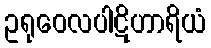
ဥရုဝေလပါဋိဟာရိယံ